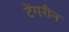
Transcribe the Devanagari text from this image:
टेंगरीन